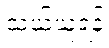
သယ်ယူရန်